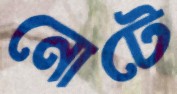
নোটে